Problem: 3 × 2 = ?
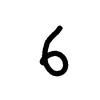
Handwritten answer: 6